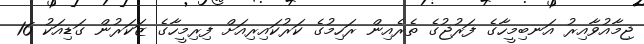
ޖިމާއުވާއިރު އަނބިމީހާގެ ފަރުޖުގެ ތެރެއިން ރަހިމުގެ ކަރުކައިރިއަށް ފިރިމީހާގެ ޒަކަރުން ގަޑިއަކު 16